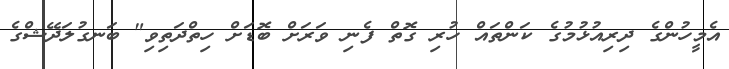
އެމީހުންގެ ދިރިއުޅުމުގެ ކަންތައް ހުރި ގޮތް ފެނި ވަރަށް ބޮޑަށް ހިތްދަތިވި" ބަނގުލަދޭޝްގެ